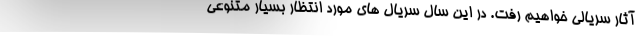
آثار سریالی خواهیم رفت. در این سال سریال های مورد انتظار بسیار متنوعی